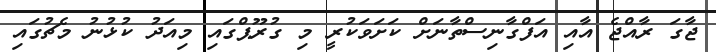
ޖާގަ ރާއްޖެ އާއި އަފްގާނިސްތާނަށް ކަށަވަކުރީ މި ގުރޫޕްގައި މިއަދު ކުޅުނު މެޗުގައި